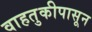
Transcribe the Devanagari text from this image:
वाहतुकीपासून